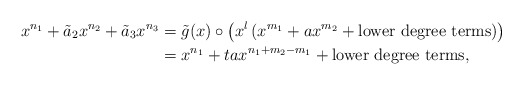
\begin{align*}x^{n_1}+\tilde a_2x^{n_2}+\tilde a_3x^{n_3}&=\tilde g(x) \circ \left ( x^l\left (x^{m_1}+ax^{m_2} + \textnormal{lower degree terms}\right)\right)\\&=x^{n_1}+ta x^{n_1+m_2-m_1}+\textnormal{lower degree terms},\end{align*}